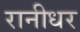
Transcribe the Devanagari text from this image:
रानीधर